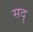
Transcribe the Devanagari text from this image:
सदृ